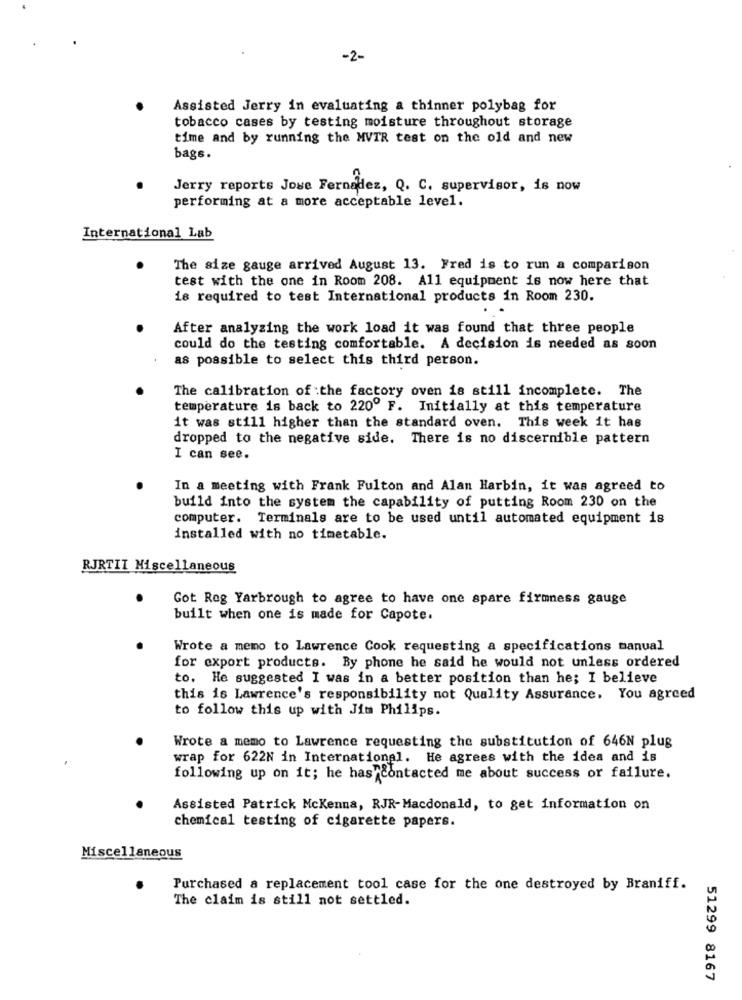
-2-
Assisted Jerry in evaluating a thinner polybag for
tobacco cases by testing moisture throughout storage
time and by running the MVTR test on the old and new
bags.
Jerry reports Jose Fernadez, Q. C. supervisor, is now
performing at a more acceptable level.
International Lab
The size gauge arrived August 13. Fred is to run a comparison
test with the one in Room 208. All equipment is now here that
is required to test International products in Room 230.
After analyzing the work load it was found that three people
could do the testing comfortable. A decision is needed as soon
as possible to select this third person.
The calibration of the factory oven is still incomplete. The
temperature is back to 220º F. Initially at this temperature
it was still higher than the standard oven. This week it has
dropped to the negative side. There is no discernible pattern
I can see.
In a meeting with Frank Fulton and Alan Harbin, it was agreed to
build into the system the capability of putting Room 230 on the
computer. Terminals are to be used until automated equipment is
installed with no timetable.
RJRTIT Miscellaneous
Got Reg Yarbrough to agree to have one spare firmness gauge
built when one is made for Capote.
Wrote a memo to Lawrence Cook requesting a specifications manual
for export products. By phone he said he would not unless ordered
to. He suggested I was in a better position than he; I believe
this is Lawrence's responsibility not Quality Assurance. You agreed
to follow this up with Jim Philips.
Wrote a memo to Lawrence requesting the substitution of 646N plug
wrap for 622N in International. He agrees with the idea and is
following up on it; he has contacted me about success or failure.
Assisted Patrick Mckenna, RJR-Macdonald, to get information on
chemical testing of cigarette papers.
Miscellaneous
Purchased a replacement tool case for the one destroyed by Braniff.
The claim is still not settled.
51299 8167